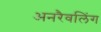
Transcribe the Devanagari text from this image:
अनरैवलिंग